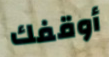
أوقفك